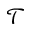
\mathcal { T }